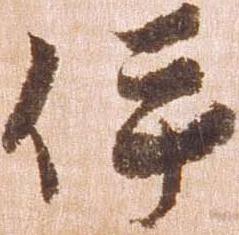
伊